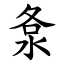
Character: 洜